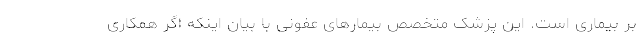
بر بیماری است. این پزشک متخصص بیمارهای عفونی با بیان اینکه اگر همکاری